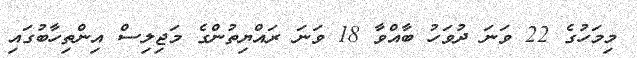
މިމަހުގެ 22 ވަނަ ދުވަހު ބާއްވާ 18 ވަނަ ރައްޔިތުންގެ މަޖިލިސް އިންތިހާބުގައި